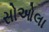
સોઓલા